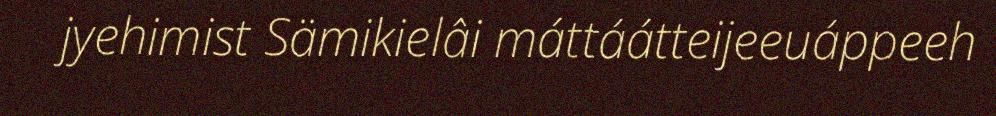
jyehimist Sämikielâi máttáátteijeeuáppeeh